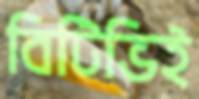
বিটিভিই